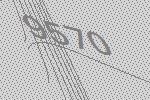
9570